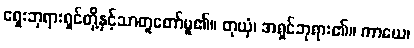
ရှေးဘုရားရှင်တို့နှင့်သာတူတော်မူ၏။ တုယှံ၊ အရှင်ဘုရား၏။ ကာယေ၊